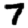
Digit: 7